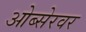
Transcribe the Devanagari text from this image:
ओब्सेरवर